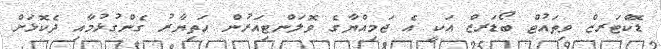
ޑޮކްޓަރޒް ވިތައުޓް ބޯޑަރޒް އަކީ އެ ޖަމިއްޔާގެ ވޮލަންޓިއަރުން ހަތިޔާރު ގެންގުޅުމާއި ދެކޮޅަށް